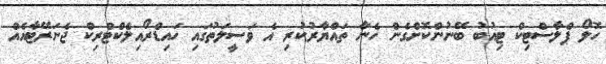
ހޮލޯ ޕްލާސްޓިކް ޓިއުބު ބޭނުންކޮށްގެން ހެނާ ތައްޔާރުކުރި އެ ވަސީލަތުގައި ހައިޑްރޯއިލެކްޓްރިކް ޖެނަރޭޓާއެއް